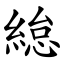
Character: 緿